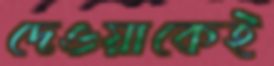
দেওয়াকেই